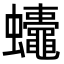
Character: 𮕚